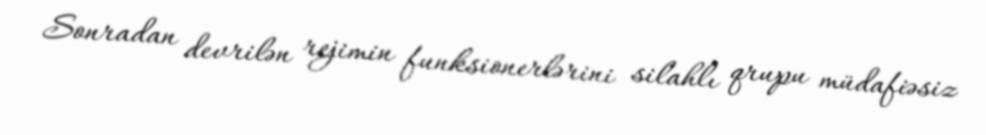
Sonradan devrilən rejimin funksionerlərini silahlı qrupu müdafiəsiz